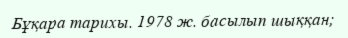
Бұқара тарихы. 1978 ж. басылып шыққан;